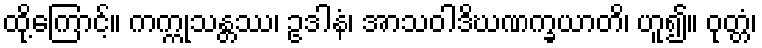
ထို့ကြောင့်။ ကက္ကုသန္တဿ၊ ဥဒါနံ၊ အာသဝါဒိဃဏက္ခယာတိ၊ ဟူ၍။ ဝုတ္တံ၊